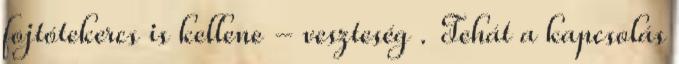
fojtótekercs is kellene - veszteség . Tehát a kapcsolás